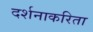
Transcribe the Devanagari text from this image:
दर्शनाकरिता